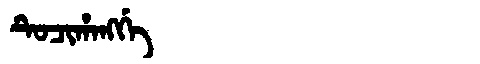
Manchu: ᡨᡠᠴᡳᡥᠠᠩᡤᡝ
Romanization: TUCIHANGGE